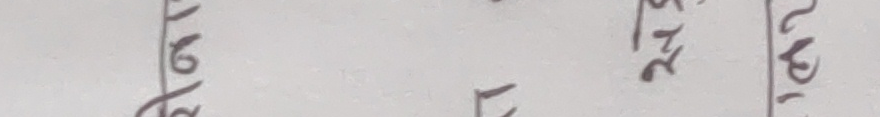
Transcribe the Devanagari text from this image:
खर्च